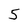
Character: 5